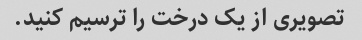
تصویری از یک درخت را ترسیم کنید.